Senior Leaving Certificate Examination (including Day School Certificate (Higher) General paper), 1948
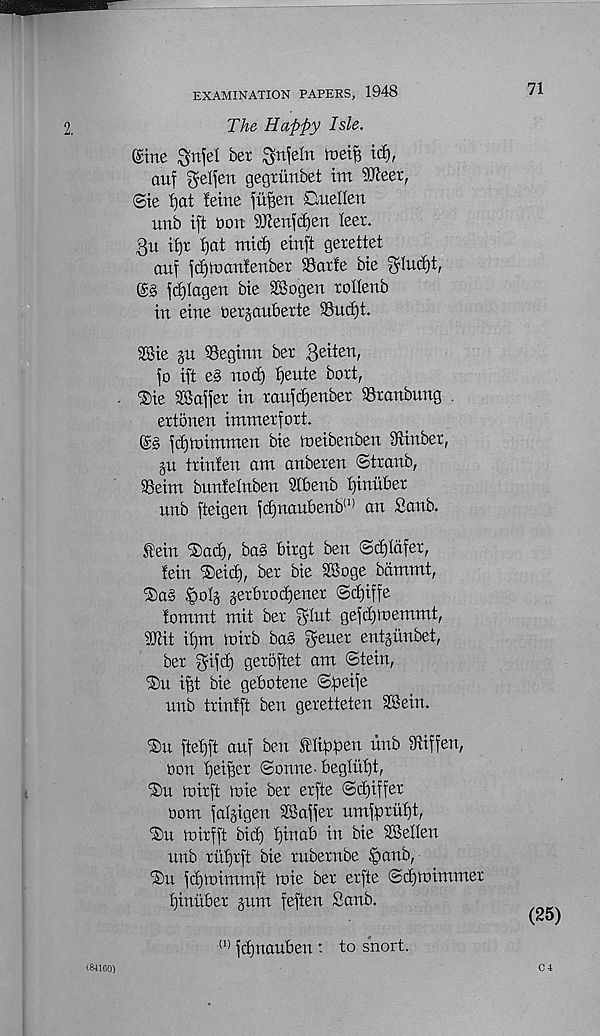
71
EXAMINATION PAPERS, 1948
The Happy Isle.
Sine $nfel ber ^nfeln
tcf),
auf gelien gegtiinbet tm SKeer,
@ie l)at feme fuften CueHen
unb iff bon 9Jienfd)en leer.
3u tf)r f)at mid) einft gerettet
auf fdjtuanfeuber Sarfe bie S’ludjt,
fdjlagen bie SSogen rolieub
in eine bersaubexte S3ud)t.
9Bie p ©eginn ber 3 e^en /
fo iff e§ nod) f)eute bori,
®ie Staffer in raufd)enber SSranbung .
ertonen immerfort.
fdjinimmen bie raeibenben diinber,
p trinfen am anberen ©tranb,
95eim bunfelnben 2fbenb fjinuber
nnb fteigen fd)naubenb (I) an Sanb.
fein ®ad), bas birgt ben ©d)Idfer,
fein ®eid), ber bie SBoge bdmmt,
iSaS §o3 jerbrod)ener ©d)iffe
fommt mit ber glut gefdpemmt,
SDiit if)m ioirb ba§ fyeuer entpnbet,
ber gifd) geroftet am ©tein,
®u i|t bie gebotene ©peije
nnb trinfft ben geretteten 3®ein.
®u ftefjft auf ben flifpen unb Sliffen,
bon fjeiffcr ©onne-begliif)t,
%u mirft ft>ie ber erfte ©d)iffer
oom falgigen Laffer umfprui)t,
‘Su toirfft bid) fjinab in bie SSeKen
unb rufjrft bie rnbernbe §anb,
fdjtoimmft toie ber erfte ©dpimmer
t)inuber pm feften Sanb.
(25)
(1) fdjnanben t to snort.
C 4